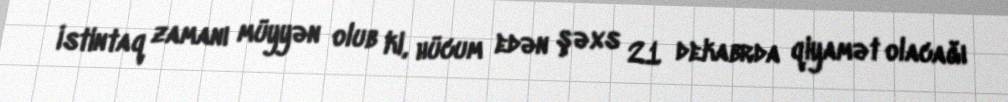
İstintaq zamanı müyyən olub ki, hücum edən şəxs 21 dekabrda qiyamət olacağı